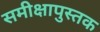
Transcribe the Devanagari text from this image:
समीक्षापुस्तक